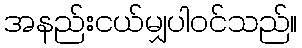
အနည်းငယ်မျှပါဝင်သည်။